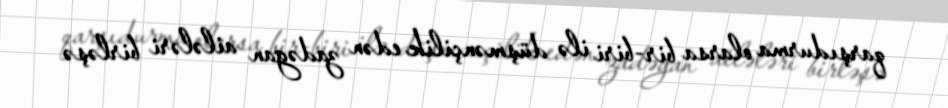
qarşıdurma olarsa bir-biri ilə düşmənçilik edən zadəgan ailələri birləşə